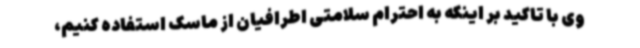
وی با تاکید بر اینکه به احترام سلامتی اطرافیان از ماسک استفاده کنیم،